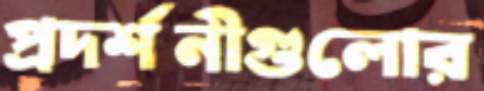
প্রদর্শনীগুলোর